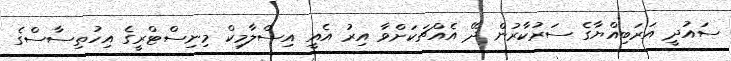
ސައުދީ އަރަބިއްޔާގެ ސަރުކާރުން ދޭ އެއްޗަކަށްވާ އިރު އެއީ އިސްލާމިކް މިނިސްޓްރީގެ އިހުތިސާސްގެ